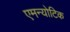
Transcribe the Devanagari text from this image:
एमन्योटिक